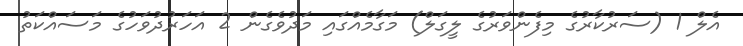
އެލް 1 (ސަރުކާރުގެ މިފެންވަރުގެ ލީގަލް) މަގާމެއްގައި މަދުވެގެން 2 އަހަރުދުވަހުގެ މަސައްކަތު